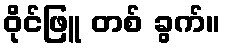
ဝိုင်ဖြူ တစ် ခွက်။